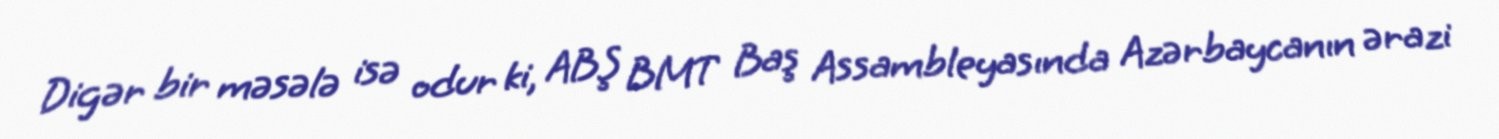
Digər bir məsələ isə odur ki, ABŞ BMT Baş Assambleyasında Azərbaycanın ərazi